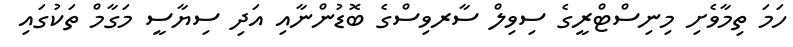
ހަމަ ތިމާވެށި މިނިސްޓްރީގެ ސިވިލް ސާރވިސްގެ ބޮޑުންނާއި އަދި ސިޔާސީ މަގާމް ތަކުގައި